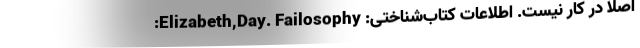
اصلاً در کار نیست. اطلاعات کتاب‌شناختی: Elizabeth,Day. Failosophy: